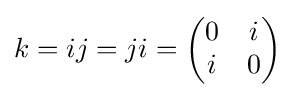
k=ij=ji={\begin{pmatrix}0&i\\i&0\end{pmatrix}}